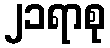
၂၁ရာစု